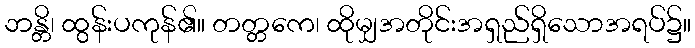
ဘန္တိ၊ ထွန်းပကုန်၏။ တတ္တကေ၊ ထိုမျှအတိုင်းအရှည်ရှိသောအရပ်၌။